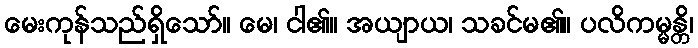
မေးကုန်သည်ရှိသော်။ မေ၊ ငါ၏။ အယျာယ၊ သခင်မ၏။ ပလိကမ္မန္တိ၊